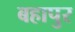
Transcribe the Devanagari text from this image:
बहापुर